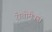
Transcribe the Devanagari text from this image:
रोबोमैक्स